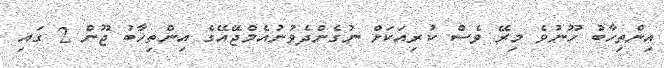
އިންތިހާބު ހޫނުވެ މިރޭ ވެސް ކުރިއަކަށް ނުގެންދެވުނުއެމްޖޭއޭގެ އިންތިހާބު ޖޫން 2 ގައި